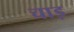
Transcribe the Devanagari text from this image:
चाड़